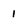
Character: 1